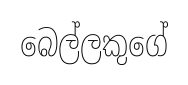
බෙල්ලකුගේ